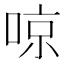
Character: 𠶛